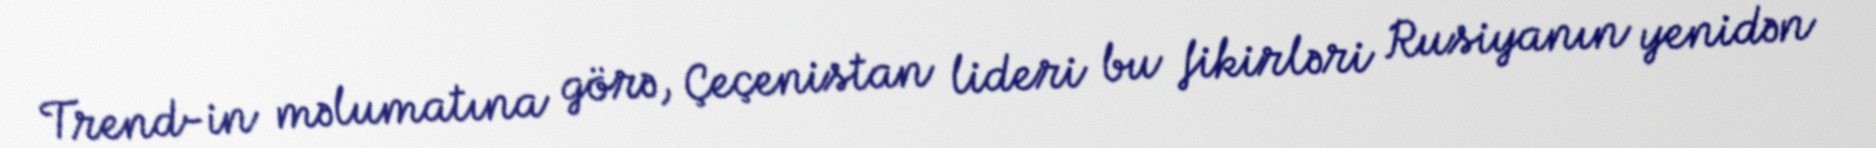
Trend-in məlumatına görə, Çeçenistan lideri bu fikirləri Rusiyanın yenidən